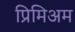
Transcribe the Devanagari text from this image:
प्रिमिअम